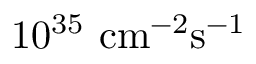
1 0 ^ { 3 5 } \mathrm { ~ c m ^ { - 2 } s ^ { - 1 } }